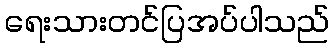
ရေးသားတင်ပြအပ်ပါသည်